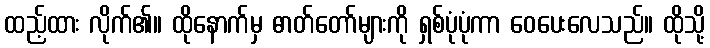
ထည့်ထား လိုက်၏။ ထိုနောက်မှ ဓာတ်တော်များကို ရှစ်ပုံပုံကာ ဝေပေးလေသည်။ ထိုသို့